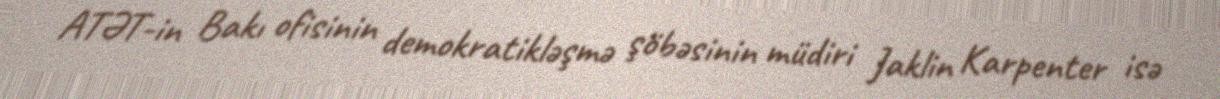
ATƏT-in Bakı ofisinin demokratikləşmə şöbəsinin müdiri Jaklin Karpenter isə